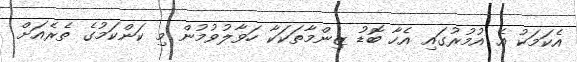
އެކަމަކު އެ އުމުރުގައި އެހާ ބޮޑު ޒިންމާތަކަކާ ހަވާލުވުމުން މި ކަންކަމުގެ ތެރެއަށް